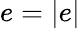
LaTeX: e=|e|